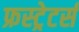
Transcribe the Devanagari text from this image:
फ्रस्ट्रेटर्स